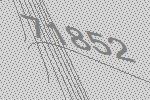
71852